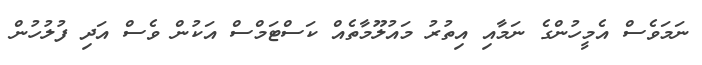
ނަމަވެސް އެމީހުންގެ ނަމާއި އިތުރު މައުލޫމާތެއް ކަސްޓަމްސް އަކުން ވެސް އަދި ފުލުހުން